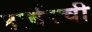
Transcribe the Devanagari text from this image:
हार्बरची